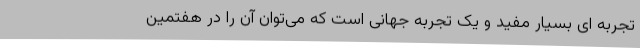
تجربه ای بسیار مفید و یک تجربه جهانی است که می‌توان آن را در هفتمین